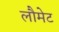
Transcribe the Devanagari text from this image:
लौमेट